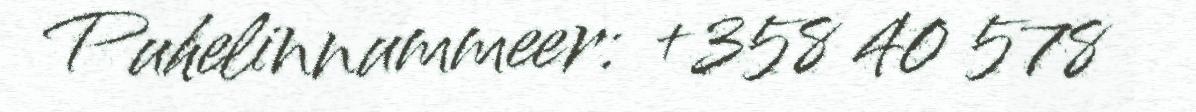
Puhelinnummeer: +358 40 578